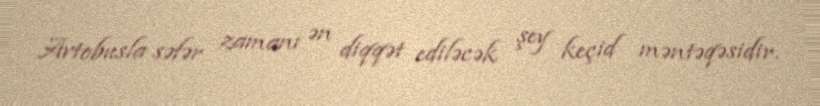
Avtobusla səfər zamanı ən diqqət ediləcək şey keçid məntəqəsidir.